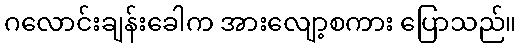
ဂလောင်းချန်းခေါက အားလျော့စကား ပြောသည်။